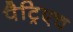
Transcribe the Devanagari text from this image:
पैट्रिएच